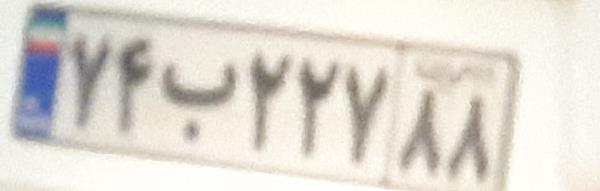
۷۴ب۲۲۷۸۸